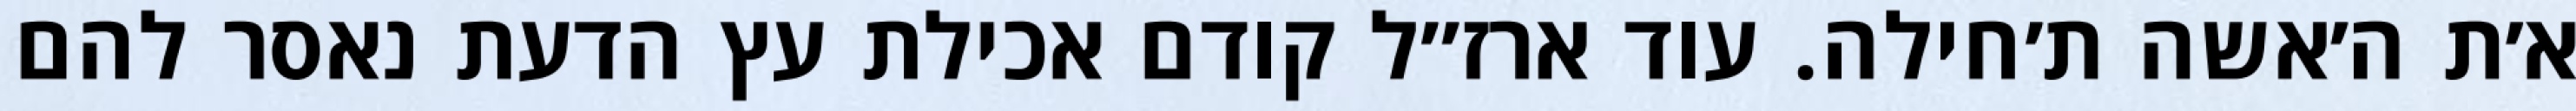
א׳ת ה׳אשה ת׳חילה. עוד ארז״ל קודם אכילת עץ הדעת נאסר להם